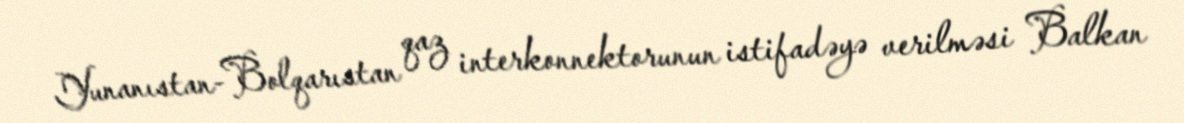
Yunanıstan-Bolqarıstan qaz interkonnektorunun istifadəyə verilməsi Balkan